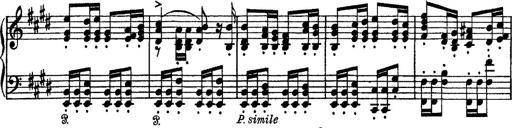
Title: Tarantelle di bravura dâ€™aprÃ¨s la tarantelle de La muette de Portici
Composer: Franz Liszt